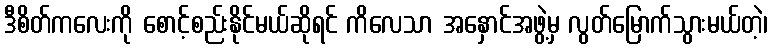
ဒီစိတ်ကလေးကို စောင့်စည်းနိုင်မယ်ဆိုရင် ကိလေသာ အနှောင်အဖွဲ့မှ လွတ်မြောက်သွားမယ်တဲ့၊